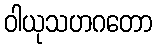
ဝါယုသဟဂတော